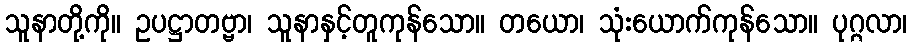
သူနာတို့ကို။ ဥပဋ္ဌာတဗ္ဗာ၊ သူနာနှင့်တူကုန်သော။ တယော၊ သုံးယောက်ကုန်သော။ ပုဂ္ဂလာ၊